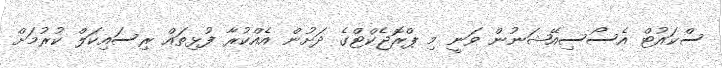
ސްކައުޓް އެސޯސިއޭޝަނުން ވަނީ މި ޕްރޮޖެކްޓްގެ ދަށުން އެއްކުރާ ފުޅިތައް ރިސައިކަލް ކުރުމަށް